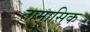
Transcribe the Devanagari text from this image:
तामासिक